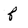
Character: f